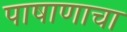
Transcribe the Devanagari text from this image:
पाषाणाचा